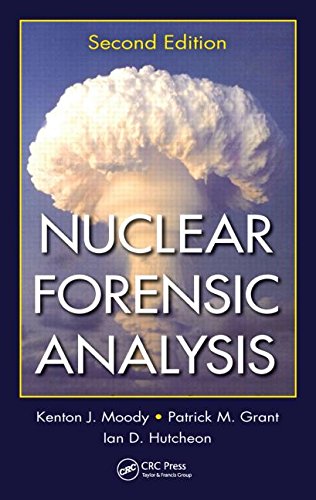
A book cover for Nuclear Forensic Analysis, Second Edition; Kenton J. Moody; Engineering & Transportation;